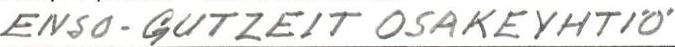
ENSO-GUTZEIT OSAKEYHTIÖ